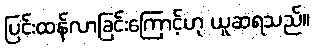
ပြင်းထန်လာခြင်းကြောင့်ဟု ယူဆရသည်။